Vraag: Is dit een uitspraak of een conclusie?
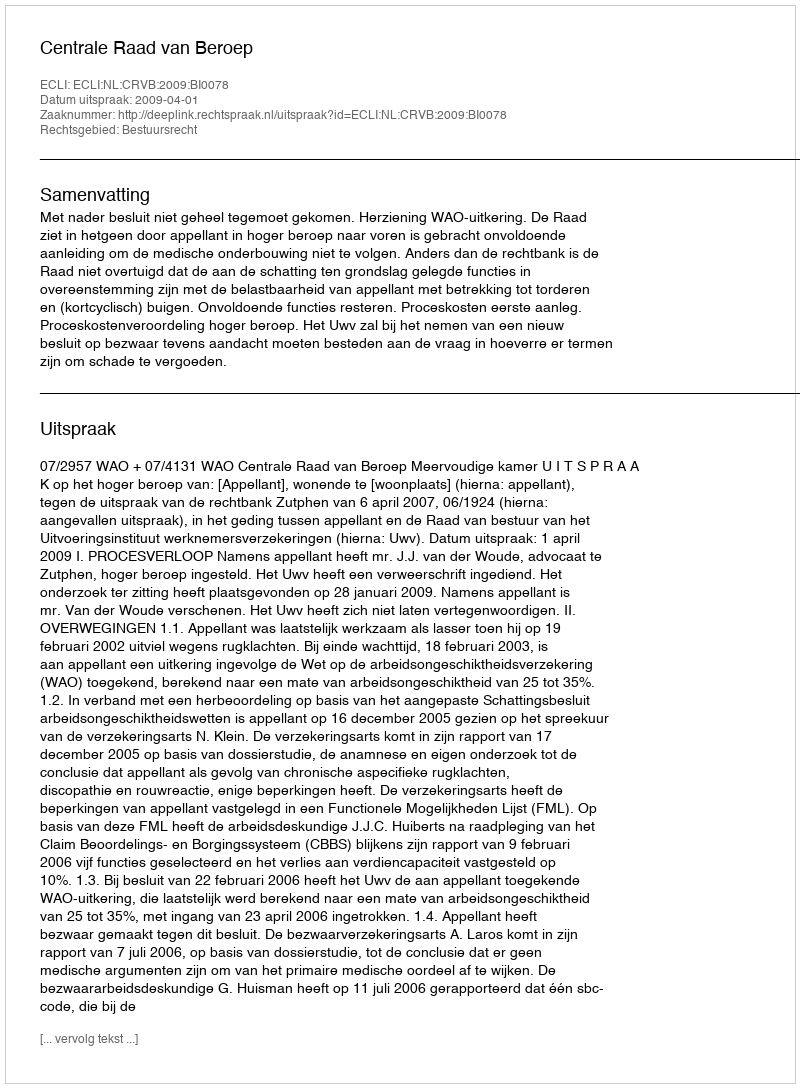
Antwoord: Uitspraak